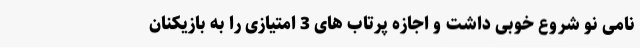
نامی نو شروع خوبی داشت و اجازه پرتاب های 3 امتیازی را به بازیکنان